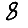
Digit: 8